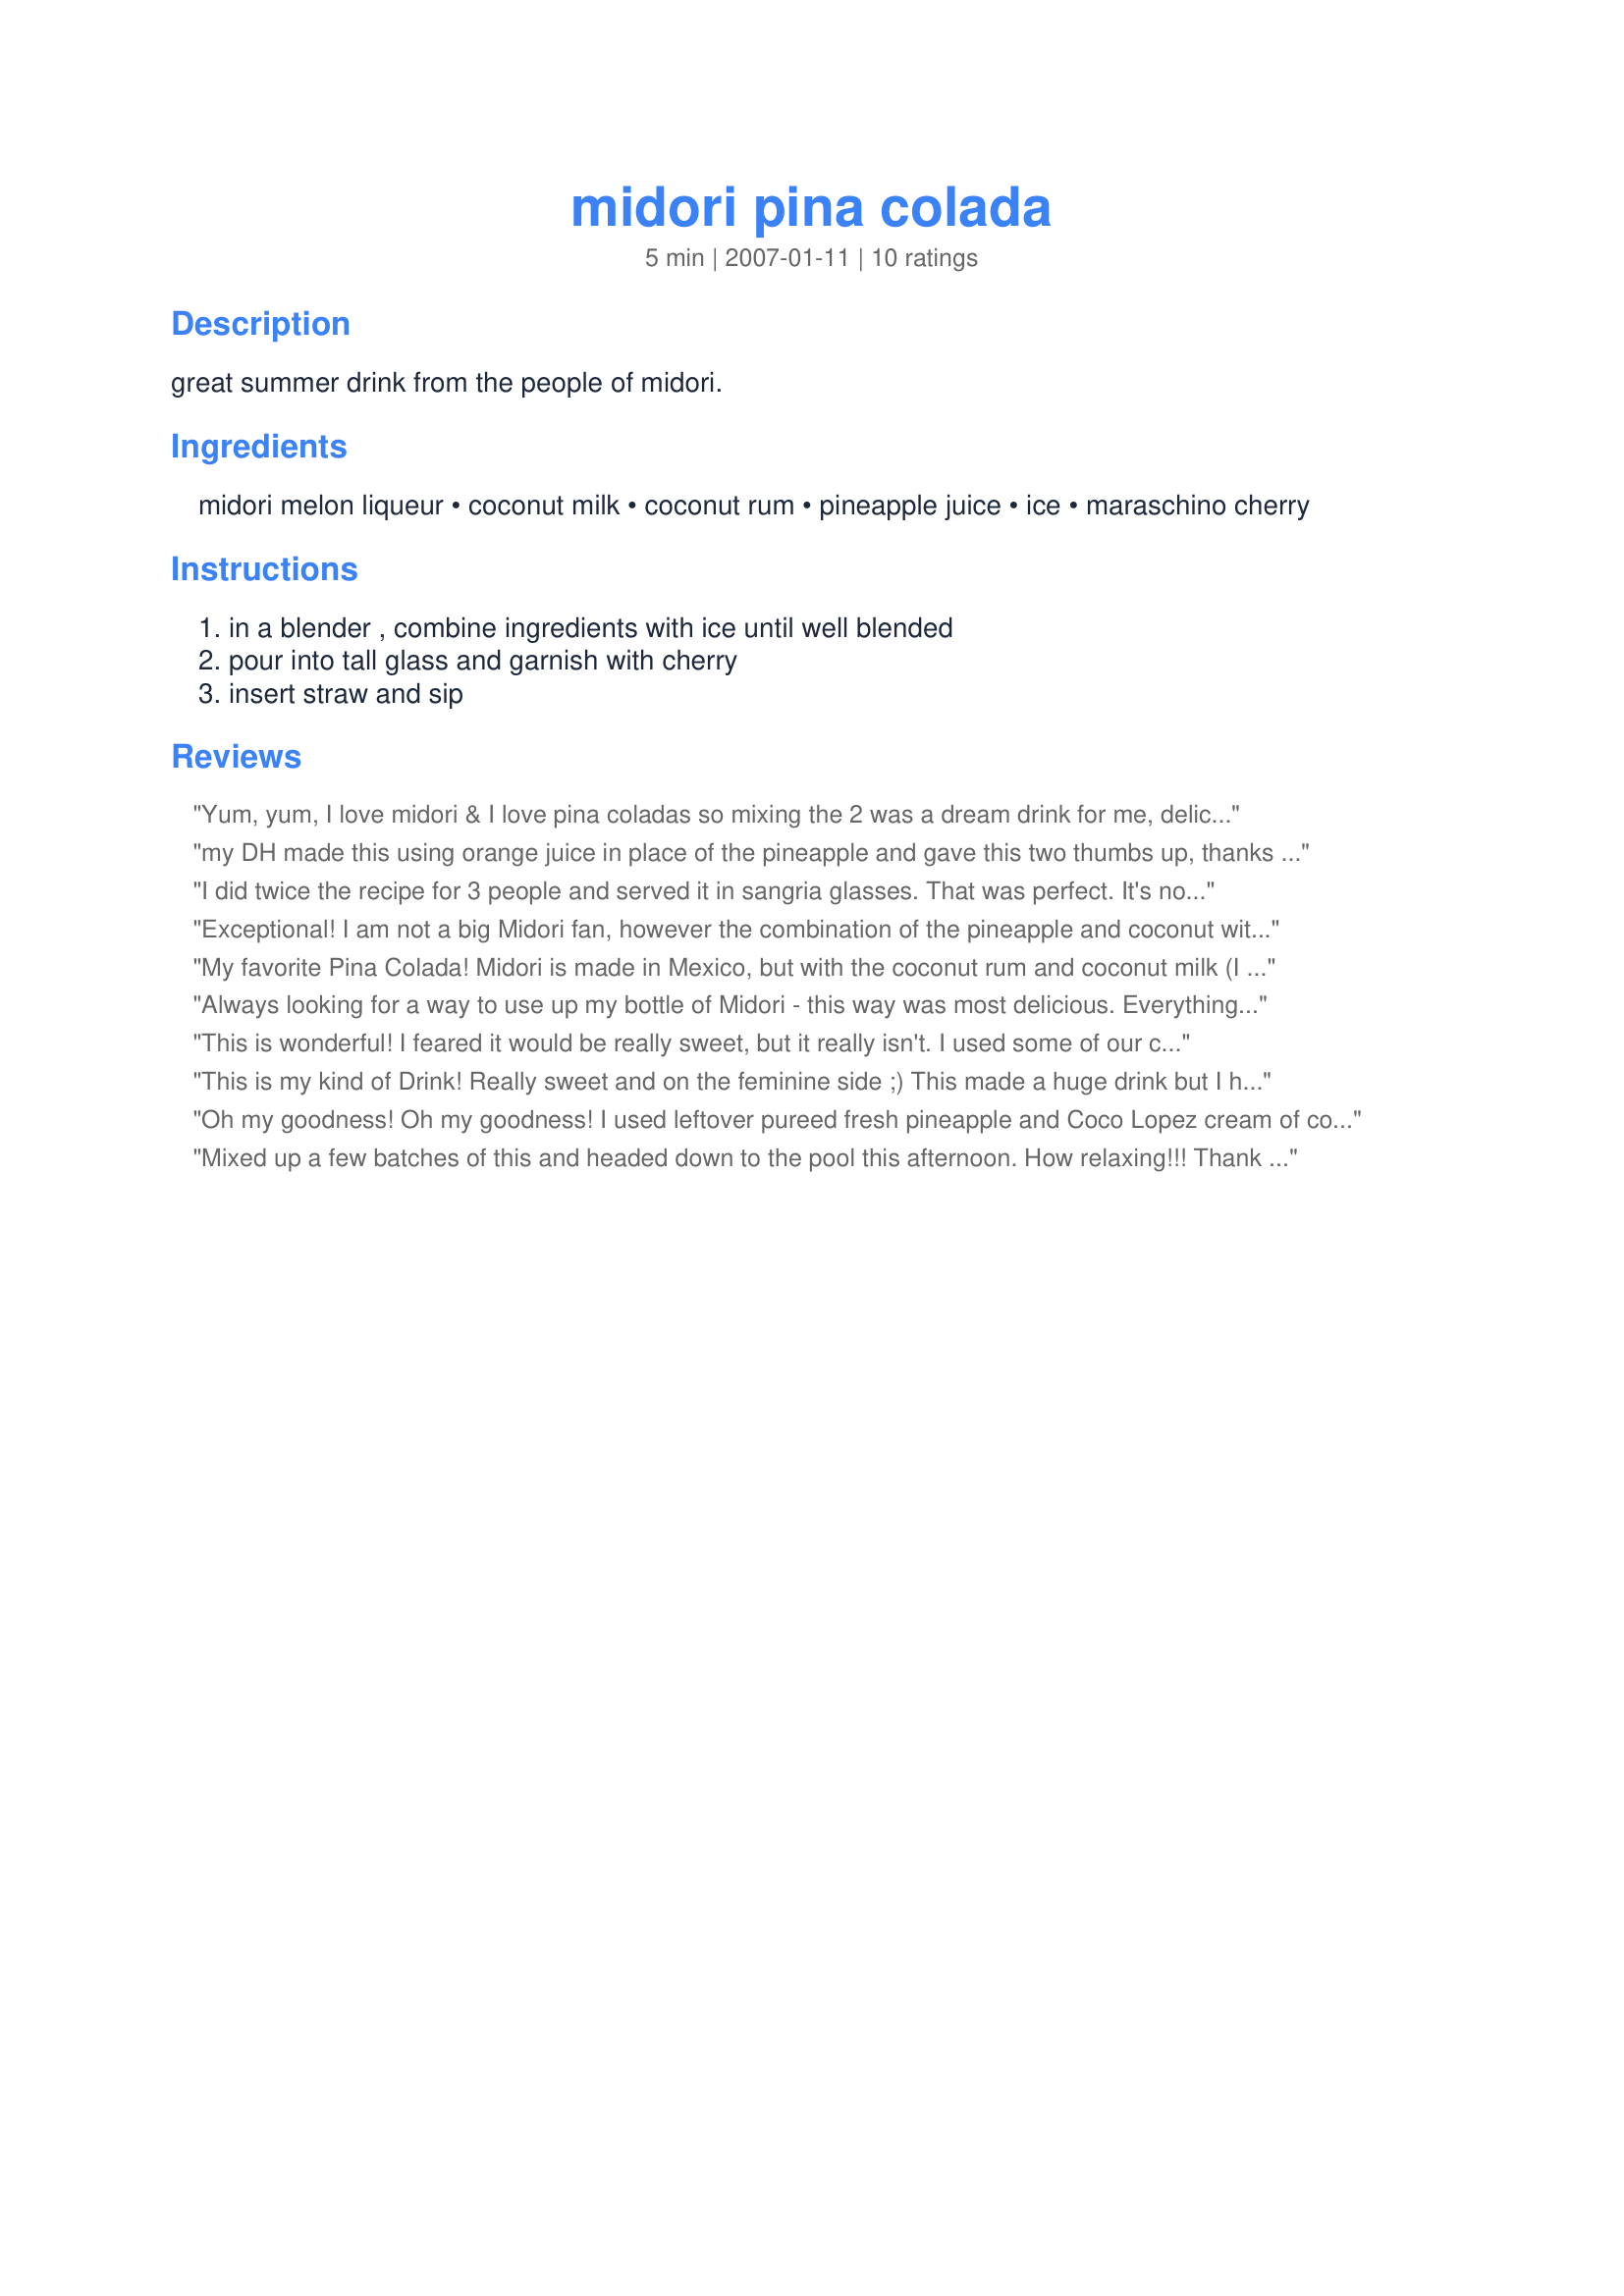
midori pina colada
Preparation time: 5 minutes

great summer drink from the people of midori.

Ingredients:
midori melon liqueur, coconut milk, coconut rum, pineapple juice, ice, maraschino cherry

Steps:
in a blender , combine ingredients with ice until well blended, pour into tall glass and garnish with cherry, insert straw and sip

Reviews:
Yum, yum, I love midori & I love pina coladas so mixing the 2 was a dream drink for me, delicious. Made for ZWT III.
my DH made this using orange juice in place of the pineapple and gave this two thumbs up, thanks for sharing Kim!
I did twice the recipe for 3 people and served it in sangria glasses. That was perfect. It's not too sweet, perfect. Everybody liked it. Made for ZWT 3
Exceptional! I am not a big Midori fan, however the combination of the pineapple and coconut with the melon flavor is a call straight from the Islands ~ I used a splash of coconut cream, not having any coconut milk on hand. Thanks for the lovely refreshment!
My favorite Pina Colada! Midori is made in Mexico, but with the coconut rum and coconut milk (I used cream of coconut because that is what I had) and pineapple juice, this is a Caribbean cocktail. Thanks for sharng this recipe, Kim. Made as "Slice of Lime Babe" KateL of the Bodacious Brickhouse Babnes for ZWT5 Caribbean region.
Always looking for a way to use up my bottle of Midori - this way was most delicious. Everything blended perfectly and this went down so smoothly - it's dangerous!
This is wonderful! I feared it would be really sweet, but it really isn't. I used some of our coconut vanilla rum from tahiti for this. It mostly tastes like pineapple juice, but you can taste the other things as well. Such a beautiful green color too! It made two drinks for us.
This is my kind of Drink! Really sweet and on the feminine side ;) This made a huge drink but I had no trouble drinking the whole thing. Share this one with your girlfriends!
Oh my goodness! Oh my goodness! I used leftover pureed fresh pineapple and Coco Lopez cream of coconut as I had those leftover from making Pina Colada Jam. I also used white rum as that&#039;s also what I had! This is sooooooooooo yummmm!!!! I like the slight greenish hue! Keeping this for sure!
Mixed up a few batches of this and headed down to the pool this afternoon. How relaxing!!! Thank you for such a great drink for a relaxing day. Made for ZWT 5.
